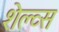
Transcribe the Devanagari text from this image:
शेल्व्स